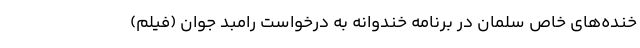
خنده‌های خاص سلمان در برنامه خندوانه به درخواست رامبد جوان (فیلم)